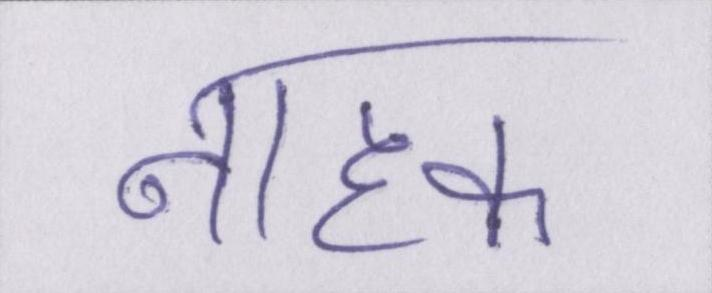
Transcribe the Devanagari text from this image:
नाहक